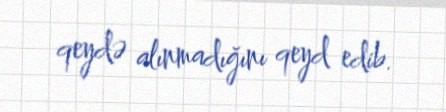
qeydə alınmadığını qeyd edib.